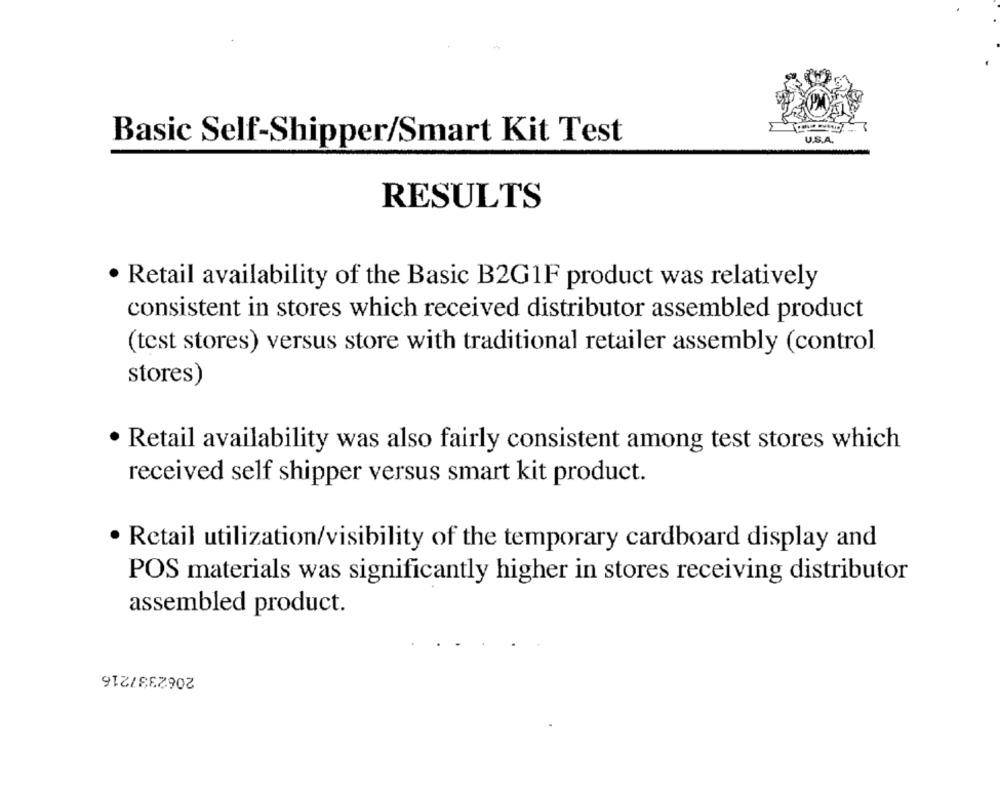
Basic Self-Shipper/Smart Kit Test
U.S.A.
RESULTS
· Retail availability of the Basic B2G1F product was relatively
consistent in stores which received distributor assembled product
(test stores) versus store with traditional retailer assembly (control
stores)
· Retail availability was also fairly consistent among test stores which
received self shipper versus smart kit product.
· Retail utilization/visibility of the temporary cardboard display and
POS materials was significantly higher in stores receiving distributor
assembled product.
2062337216